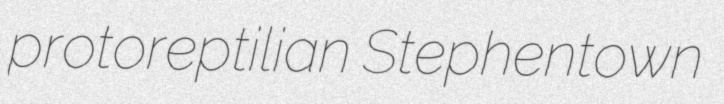
protoreptilian Stephentown